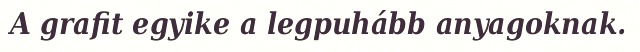
A grafit egyike a legpuhább anyagoknak.